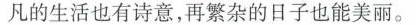
凡的生活也有诗意，再繁杂的日子也能美丽。